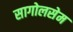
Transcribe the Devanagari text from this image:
सागोलसेम